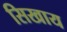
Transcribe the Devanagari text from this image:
सिखाय